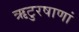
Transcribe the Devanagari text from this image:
ऋटुरषाणां